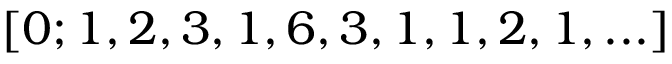
[ 0 ; 1 , 2 , 3 , 1 , 6 , 3 , 1 , 1 , 2 , 1 , . . . ]